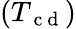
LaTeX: (T_{\mathrm{~c~d~}})